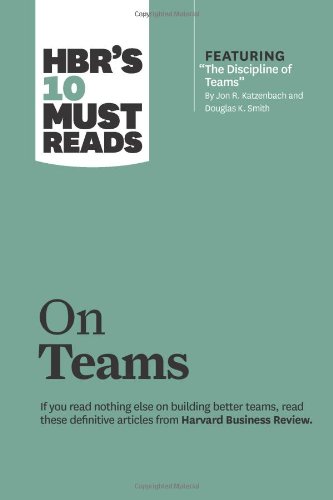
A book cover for HBR's 10 Must Reads on Teams (with featured article EEThe Discipline of Teams,EE by Jon R. Katzenbach and Douglas K. Smith); Harvard Business Review; Business & Money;